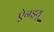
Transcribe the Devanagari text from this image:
ऐनड्रयू